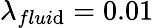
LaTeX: \lambda_{flui\mathrm{d}}=0.01